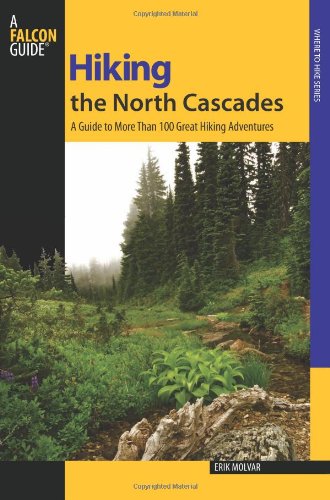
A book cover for Hiking the North Cascades: A Guide To More Than 100 Great Hiking Adventures (Regional Hiking Series); Erik Molvar; Travel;